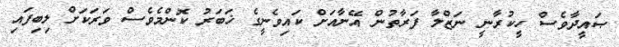
ޞައީދާވެސް ހީކުރާނީ ނަޒްލާ ފަރާތުން އޭނާއަށް ކައިވެނީގެ ޚަބަރު ކޮންމެވެސް ވަރަކަށް ލިބިފައި